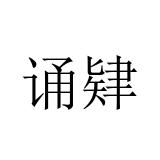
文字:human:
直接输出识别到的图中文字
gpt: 诵肄